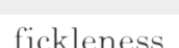
fickleness